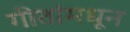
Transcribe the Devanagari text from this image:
गीतांमधून